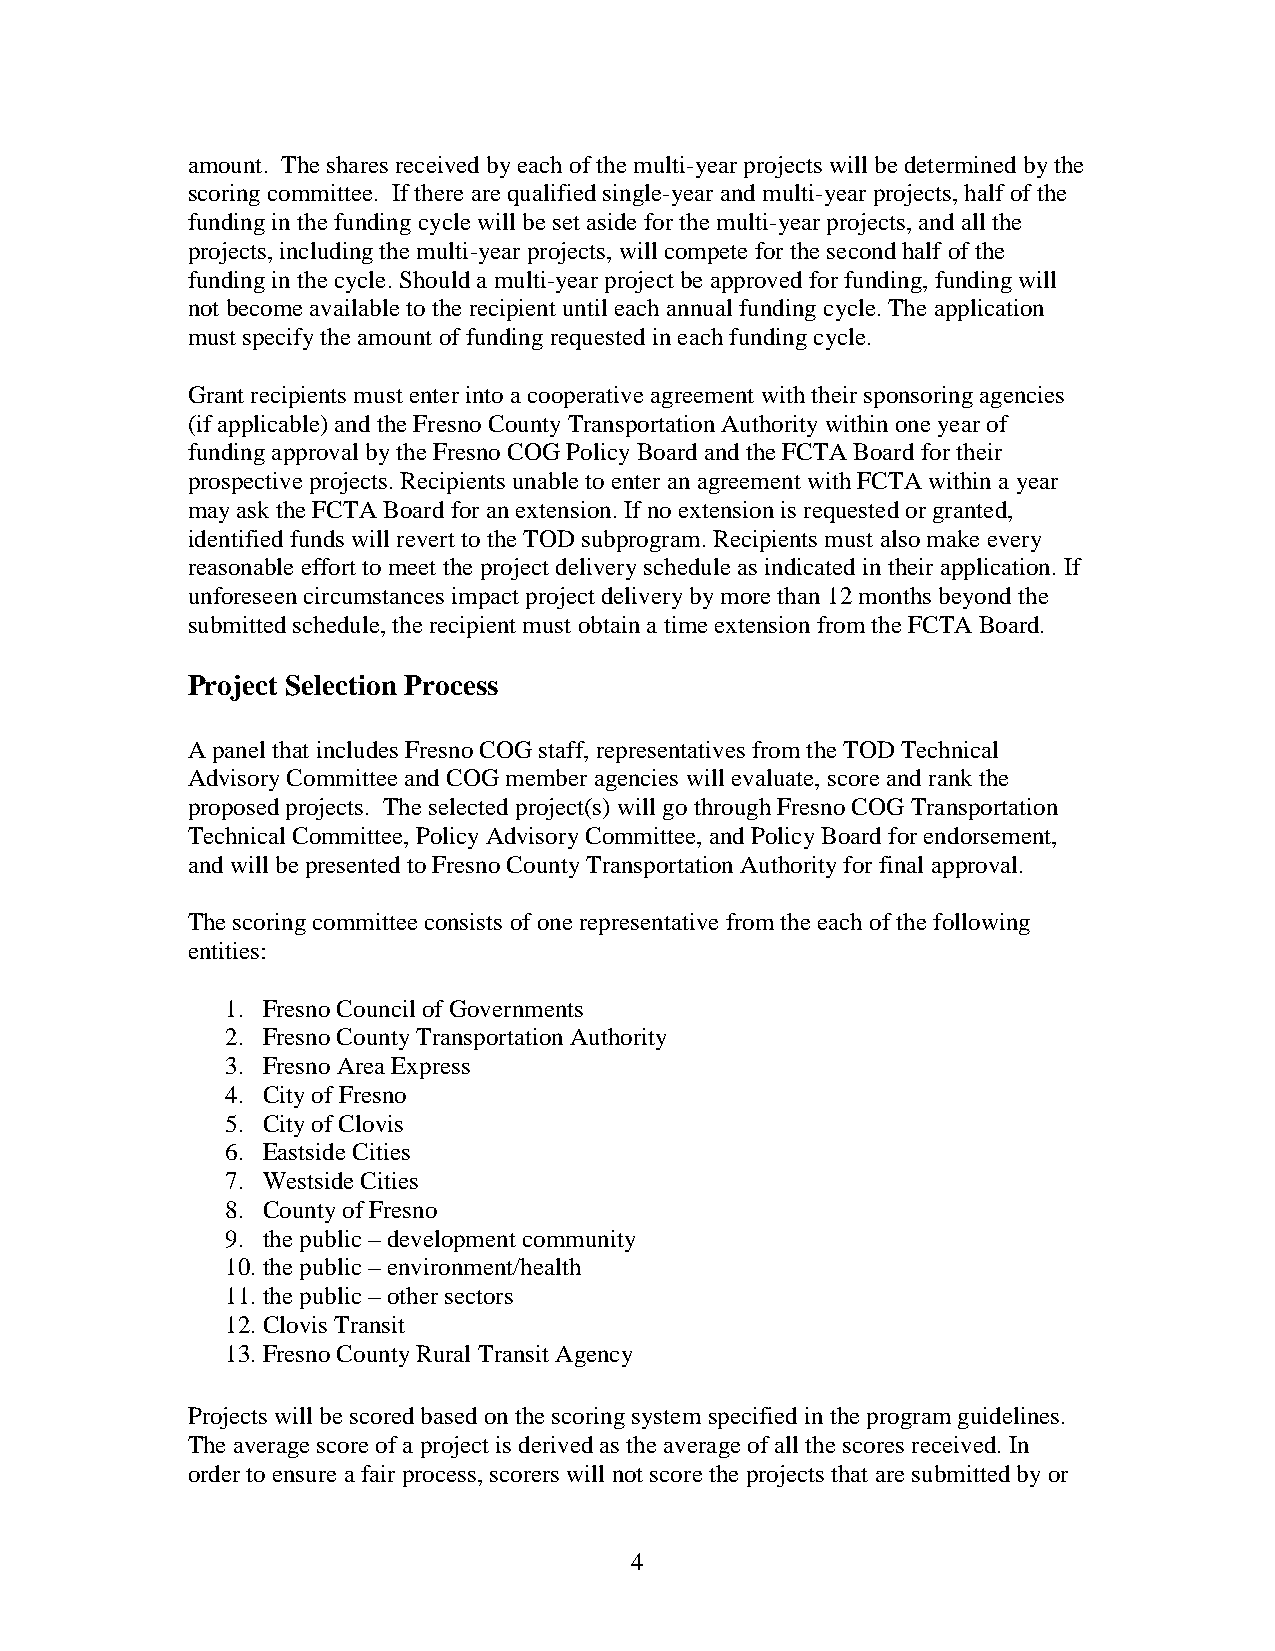
amount. The shares received by each of the multi-year projects will be determined by the
 scoring committee. If there are qualified single-year and multi-year projects, half of the
 funding in the funding cycle will be set aside for the multi-year projects, and all the
 projects, including the multi-year projects, will compete for the second half of the
 funding in the cycle. Should a multi-year project be approved for funding, funding will
 not become available to the recipient until each annual funding cycle. The application
 must specify the amount of funding requested in each funding cycle.
 Grant recipients must enter into a cooperative agreement with their sponsoring agencies
 (if applicable) and the Fresno County Transportation Authority within one year of
 funding approval by the Fresno COG Policy Board and the FCTA Board for their
 prospective projects. Recipients unable to enter an agreement with FCTA within a year
 may ask the FCTA Board for an extension. If no extension is requested or granted,
 identified funds will revert to the TOD subprogram. Recipients must also make every
 reasonable effort to meet the project delivery schedule as indicated in their application. If
 unforeseen circumstances impact project delivery by more than 12 months beyond the
 submitted schedule, the recipient must obtain a time extension from the FCTA Board.
 Project Selection Process
 A panel that includes Fresno COG staff, representatives from the TOD Technical
 Advisory Committee and COG member agencies will evaluate, score and rank the
 proposed projects. The selected project(s) will go through Fresno COG Transportation
 Technical Committee, Policy Advisory Committee, and Policy Board for endorsement,
 and will be presented to Fresno County Transportation Authority for final approval.
 The scoring committee consists of one representative from the each of the following
 entities:
 1. Fresno Council of Governments
 2. Fresno County Transportation Authority
 3. Fresno Area Express
 4. City of Fresno
 5. City of Clovis
 6. Eastside Cities
 7. Westside Cities
 8. County of Fresno
 9. the public – development community
 10. the public – environment/health
 11. the public – other sectors
 12. Clovis Transit
 13. Fresno County Rural Transit Agency
 Projects will be scored based on the scoring system specified in the program guidelines.
 The average score of a project is derived as the average of all the scores received. In
 order to ensure a fair process, scorers will not score the projects that are submitted by or
 4